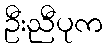
ဦးညီပုက